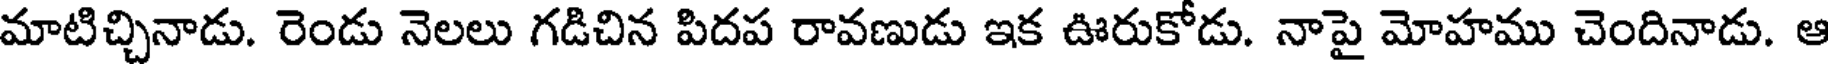
మాటిచ్చినాడు. రెండు నెలలు గడిచిన పిదప రావణుడు ఇక ఊరుకోడు. నాపై మోహము చెందినాడు. ఆ